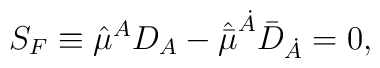
S_F \equiv \hat{\mu}^{A} D_{A} - \hat{\bar{\mu}}^{\dot{A}} {\bar{D}}_{\dot{A}}= 0,